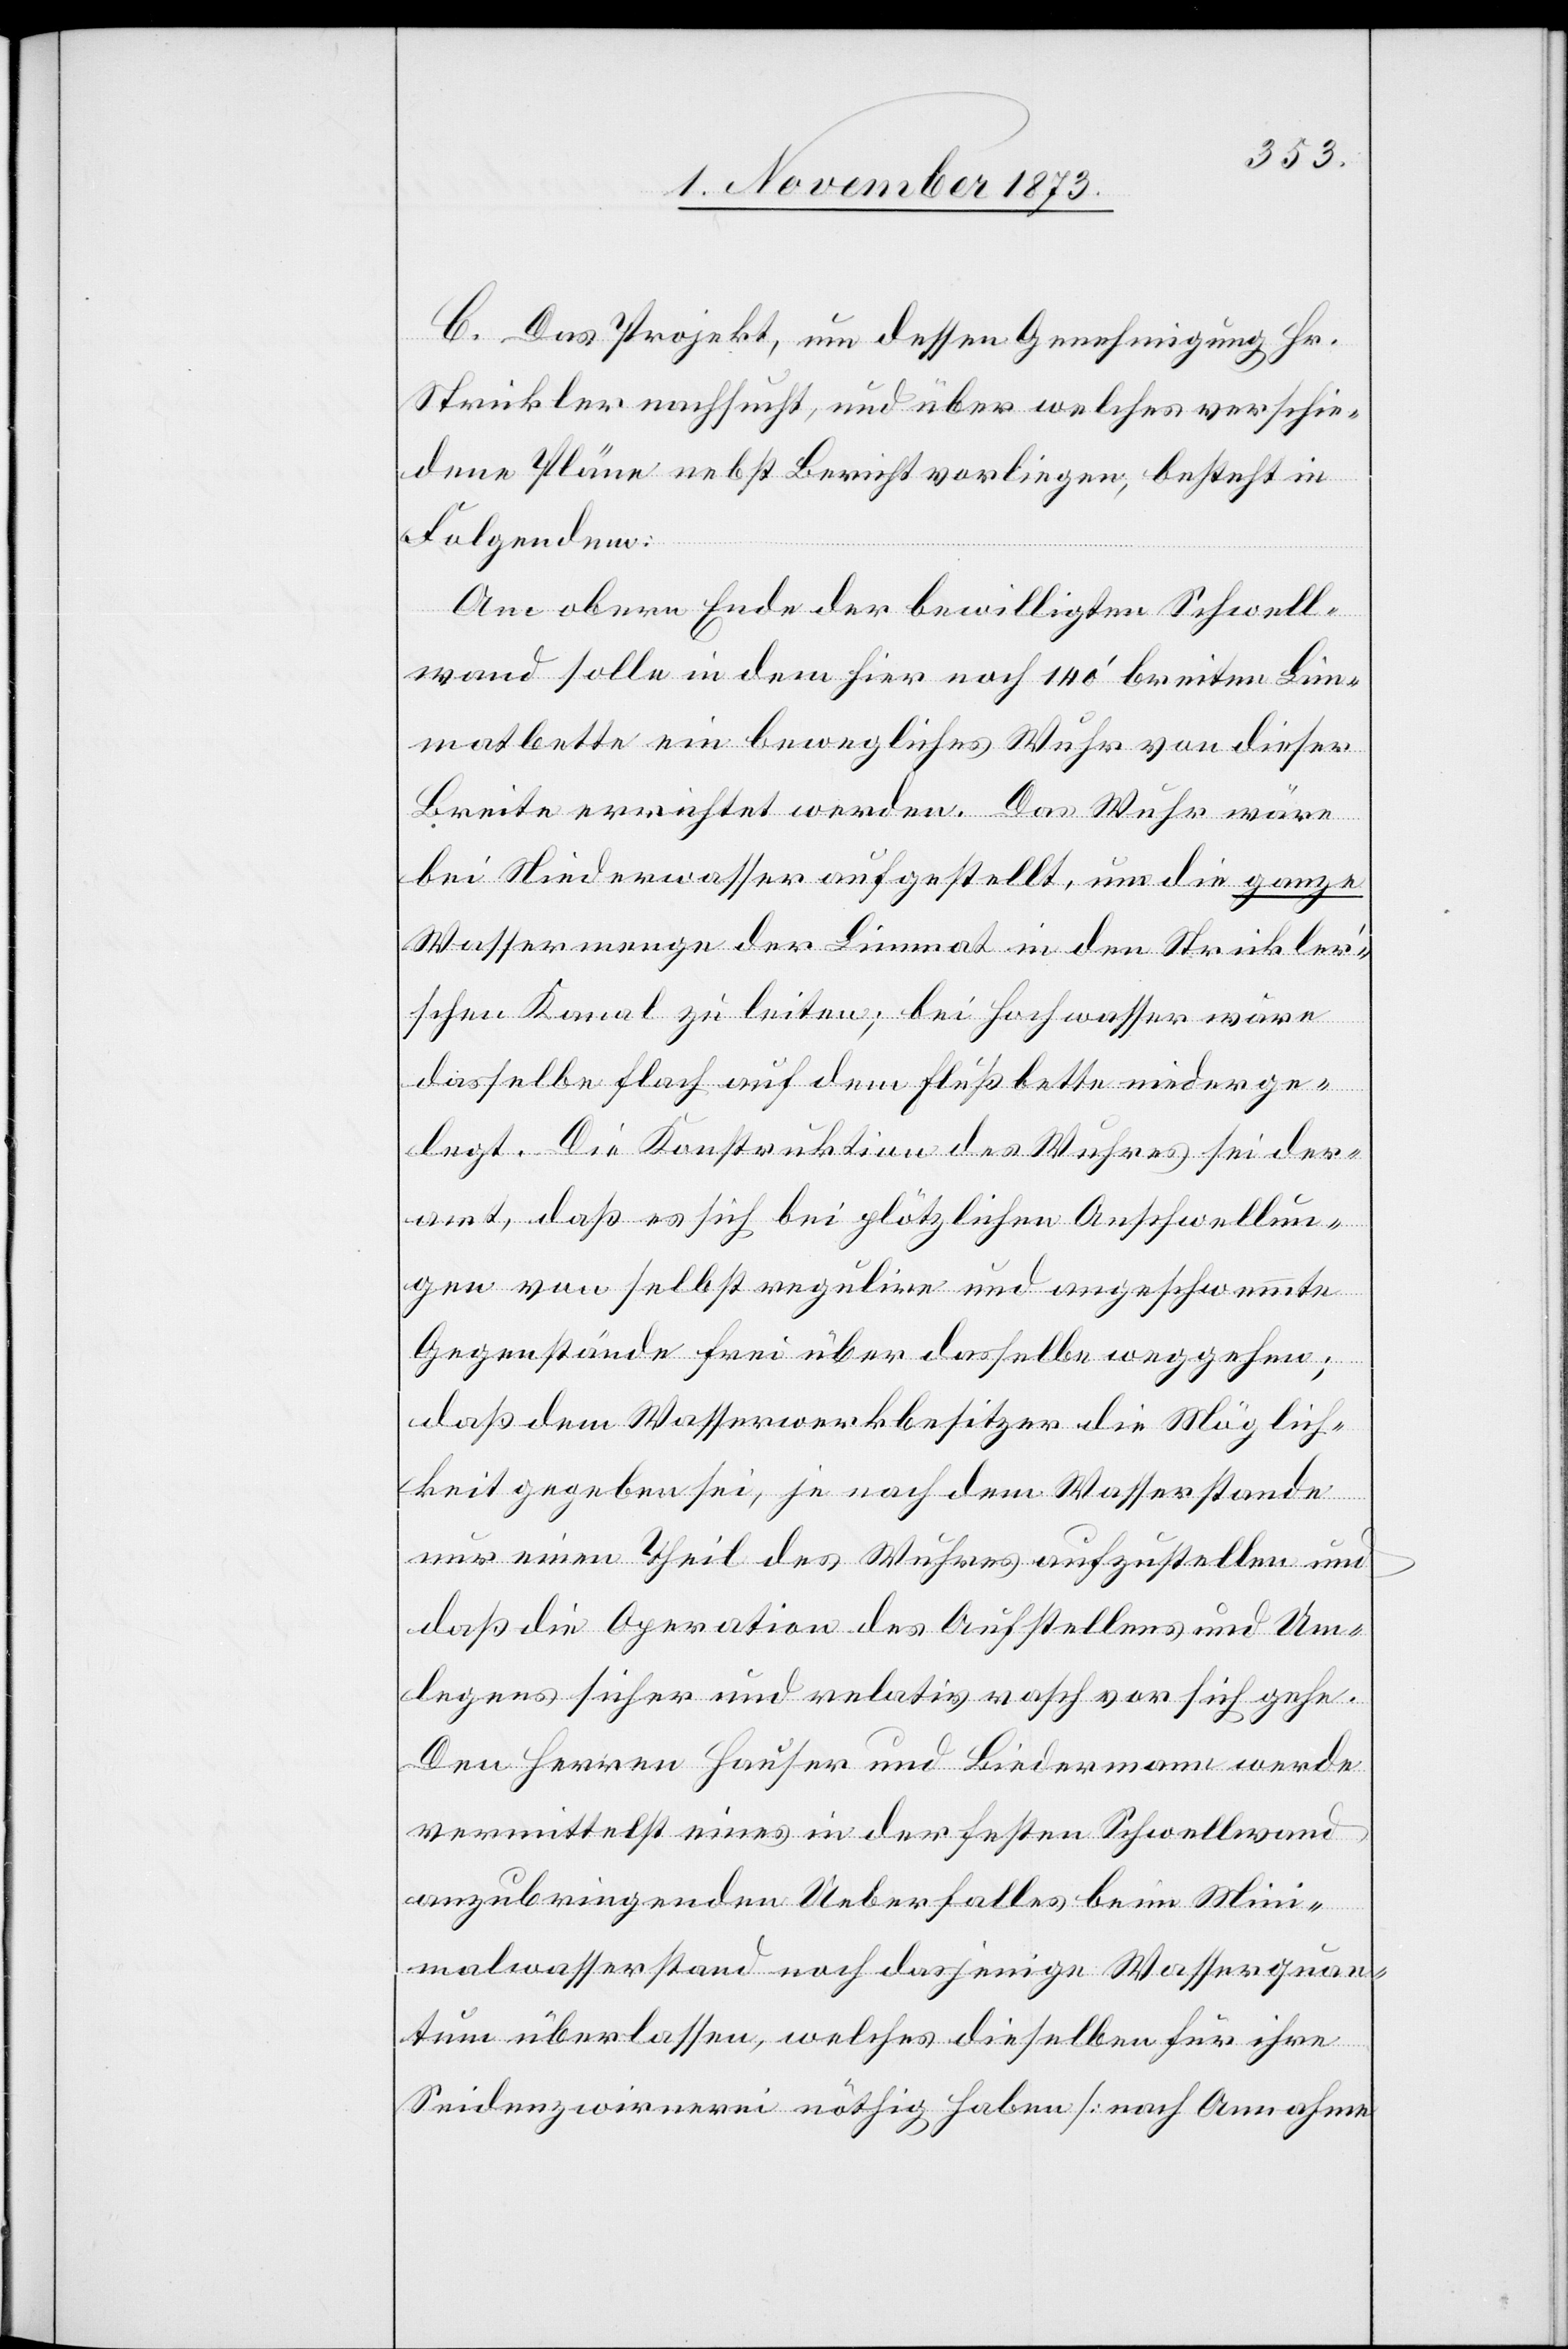
C. Das Projekt, um dessen Genehmigung Hr.
Strickler nachsucht, und über welches verschie¬
dene Pläne nebst Bericht vorliegen, besteht in
Folgendem:
Am obern Ende der bewilligten Schwell¬
wand solle in dem hier noch 140‘ breiten Lim¬
matbette ein bewegliches Wuhr von dieser
Breite errichtet werden. Das Wuhr wäre
bei Niederwasser aufgestellt, um die ganze
Wassermenge der Limmat in den Strickler’s¬
chen Kanal zu leiten; bei Hochwasser wäre
dasselbe flach auf dem Flußbette niederge¬
legt. Die Konstruktion des Wuhres sei der¬
art, daß es sich bei plötzlichen Anschwellun¬
gen von selbst regulire und angeschwemmte
Gegenstände frei über dasselbe weggehen;
daß dem Wasserwerkbesitzer die Möglich¬
keit gegeben sei, je nach dem Wasserstande
nur einen Theil des Wuhres aufzustellen und
daß die Operation des Aufstellens und Um¬
legens sicher und relativ rasch vor sich gehe.
Den Herren Hauser und Biedermann werde
vermittelst eines in der festen Schwellwand
anzubringenden Ueberfalles beim Mini¬
malwasserstand noch dasjenige Wasserquan¬
tum überlassen, welches dieselben für ihre
Seidenzwirnerei nöthig haben [nach Annahme